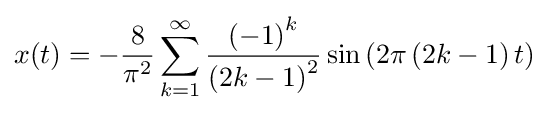
x(t)=-{\frac {8}{{\pi }^{2}}}\sum _{k=1}^{\infty }{\frac {{\left(-1\right)}^{k}}{\left(2k-1\right)^{2}}}\sin \left(2\pi \left(2k-1\right)t\right)